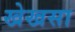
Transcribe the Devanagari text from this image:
खेखसा